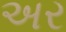
અર